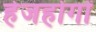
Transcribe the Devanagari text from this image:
हेजहोगों